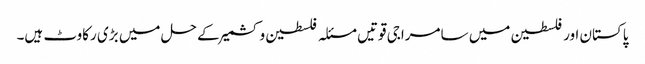
پاکستان اور فلسطین میں سامراجی قوتیں مسئلہ فلسطین و کشمیر کے حل میں بڑی رکاوٹ ہیں۔